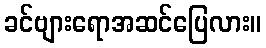
ခင်ဗျားရောအဆင်ပြေလား။